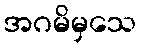
အဂမိမှသေ